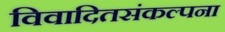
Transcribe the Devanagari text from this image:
विवादितसंकल्पना